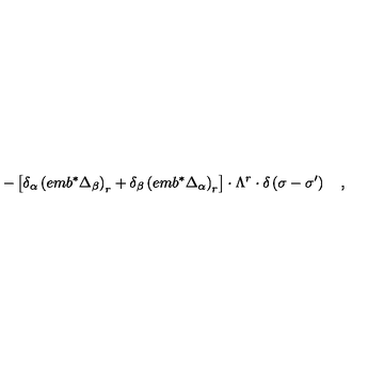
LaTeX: - \left[ \delta _ { \alpha } \left( e m b ^ { * } \Delta _ { \beta } \right) _ { r } + \delta _ { \beta } \left( e m b ^ { * } \Delta _ { \alpha } \right) _ { r } \right] \cdot \Lambda ^ { r } \cdot \delta \left( \sigma - \sigma ^ { \prime } \right) \quad ,